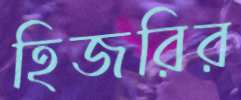
হিজরির